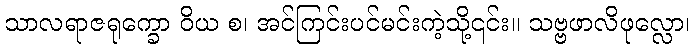
သာလရာဇရုက္ခော ဝိယ စ၊ အင်ကြင်းပင်မင်းကဲ့သို့၎င်း။ သဗ္ဗဖာလိဖုလ္လော၊